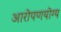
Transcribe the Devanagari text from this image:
आरोपणयोग्य